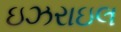
ઇઝરાઇલ